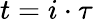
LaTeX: t=i\cdot\tau